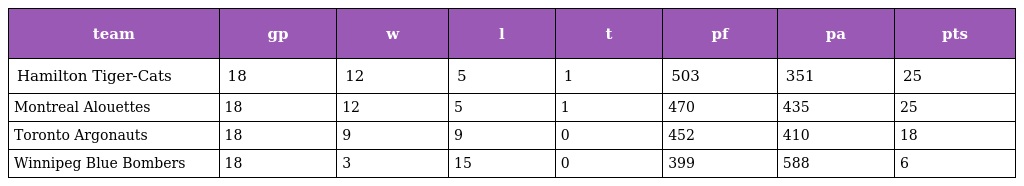
| team | gp | w | l | t | pf | pa | pts |
 | --- | --- | --- | --- | --- | --- | --- | --- |
 | Hamilton Tiger-Cats | 18 | 12 | 5 | 1 | 503 | 351 | 25 |
 | Montreal Alouettes | 18 | 12 | 5 | 1 | 470 | 435 | 25 |
 | Toronto Argonauts | 18 | 9 | 9 | 0 | 452 | 410 | 18 |
 | Winnipeg Blue Bombers | 18 | 3 | 15 | 0 | 399 | 588 | 6 |